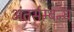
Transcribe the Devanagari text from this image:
अंतर्सम्बन्ध